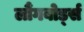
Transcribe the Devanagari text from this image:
लौंगबोर्ड्स